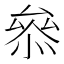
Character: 叅